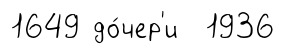
1649 до́чер'и 1936